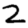
Digit: 2